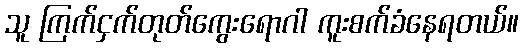
သူ ကြက်ငှက်တုတ်ကွေးရောဂါ ကူးစက်ခံနေရတယ်။